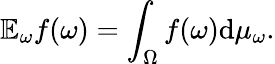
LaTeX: \mathbb{E}_{\omega}f(\omega)=\int_{\Omega}f(\omega)\mathrm{d}\mu_{\omega}.